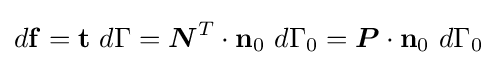
d\mathbf {f} =\mathbf {t} ~d\Gamma ={\boldsymbol {N}}^{T}\cdot \mathbf {n} _{0}~d\Gamma _{0}={\boldsymbol {P}}\cdot \mathbf {n} _{0}~d\Gamma _{0}